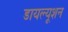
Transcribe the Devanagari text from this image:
डायल्यूशन